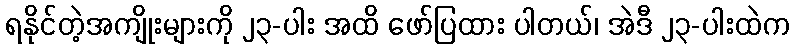
ရနိုင်တဲ့အကျိုးများကို ၂၃-ပါး အထိ ဖော်ပြထား ပါတယ်၊ အဲဒီ ၂၃-ပါးထဲက